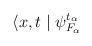
LaTeX: \begin{align*}\langle x,t\mid\psi ^{t_\alpha}_{F_\alpha}\end{align*}